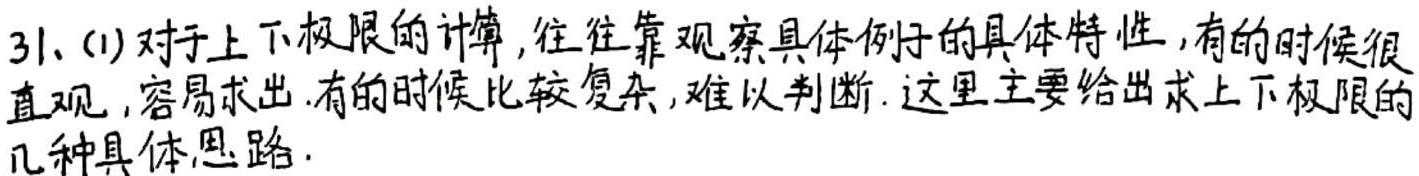
31. (1) 对于上下极限的计算, 往往靠观察具体例子的具体特性, 有的时候很直观, 容易求出. 有的时候比较复杂, 难以判断. 这里主要给出求上下极限的几种具体思路.